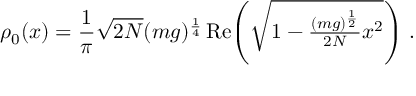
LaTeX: \rho _ { 0 } ( x ) = \frac { 1 } { \pi } \sqrt { 2 N } ( m g ) ^ { \frac { 1 } { 4 } } \, \mathrm { R e } \! \left( \sqrt { 1 - \textstyle { \frac { ( m g ) ^ { \frac { 1 } { 2 } } } { 2 N } } x ^ { 2 } } \right) \, .